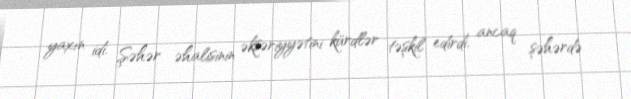
yaxın idi. Şəhər əhalisinin əksəriyyətini kürdlər təşkil edirdi, ancaq şəhərdə